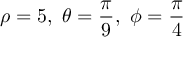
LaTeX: \rho = 5 , \ \theta = { \frac { \pi } { 9 } } , \ \phi = { \frac { \pi } { 4 } }